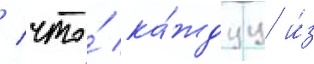
/ что́ ка́ждуу и́з